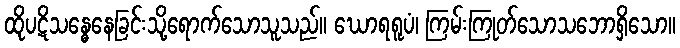
ထိုပဋိသန္ဓေနေခြင်းသို့ရောက်သောသူသည်။ ဃောရရူပံ၊ ကြမ်းကြုတ်သောသဘောရှိသော။